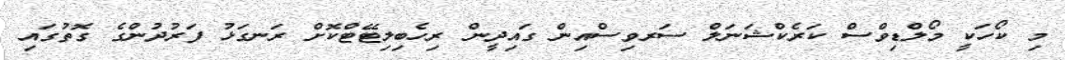
މި ކޯހަކީ މޯލްޑިވްސް ކަރެކްޝަނަލް ސަރވިސްއިން ގައިދީން ރިހެބިލިޓޭޓްކޮށް ރަނގަޅު ފަރުދުންގެ ގޮތުގައި